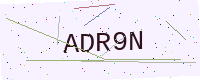
Text: ADR9N